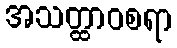
အသတ္ထာဝစရာ